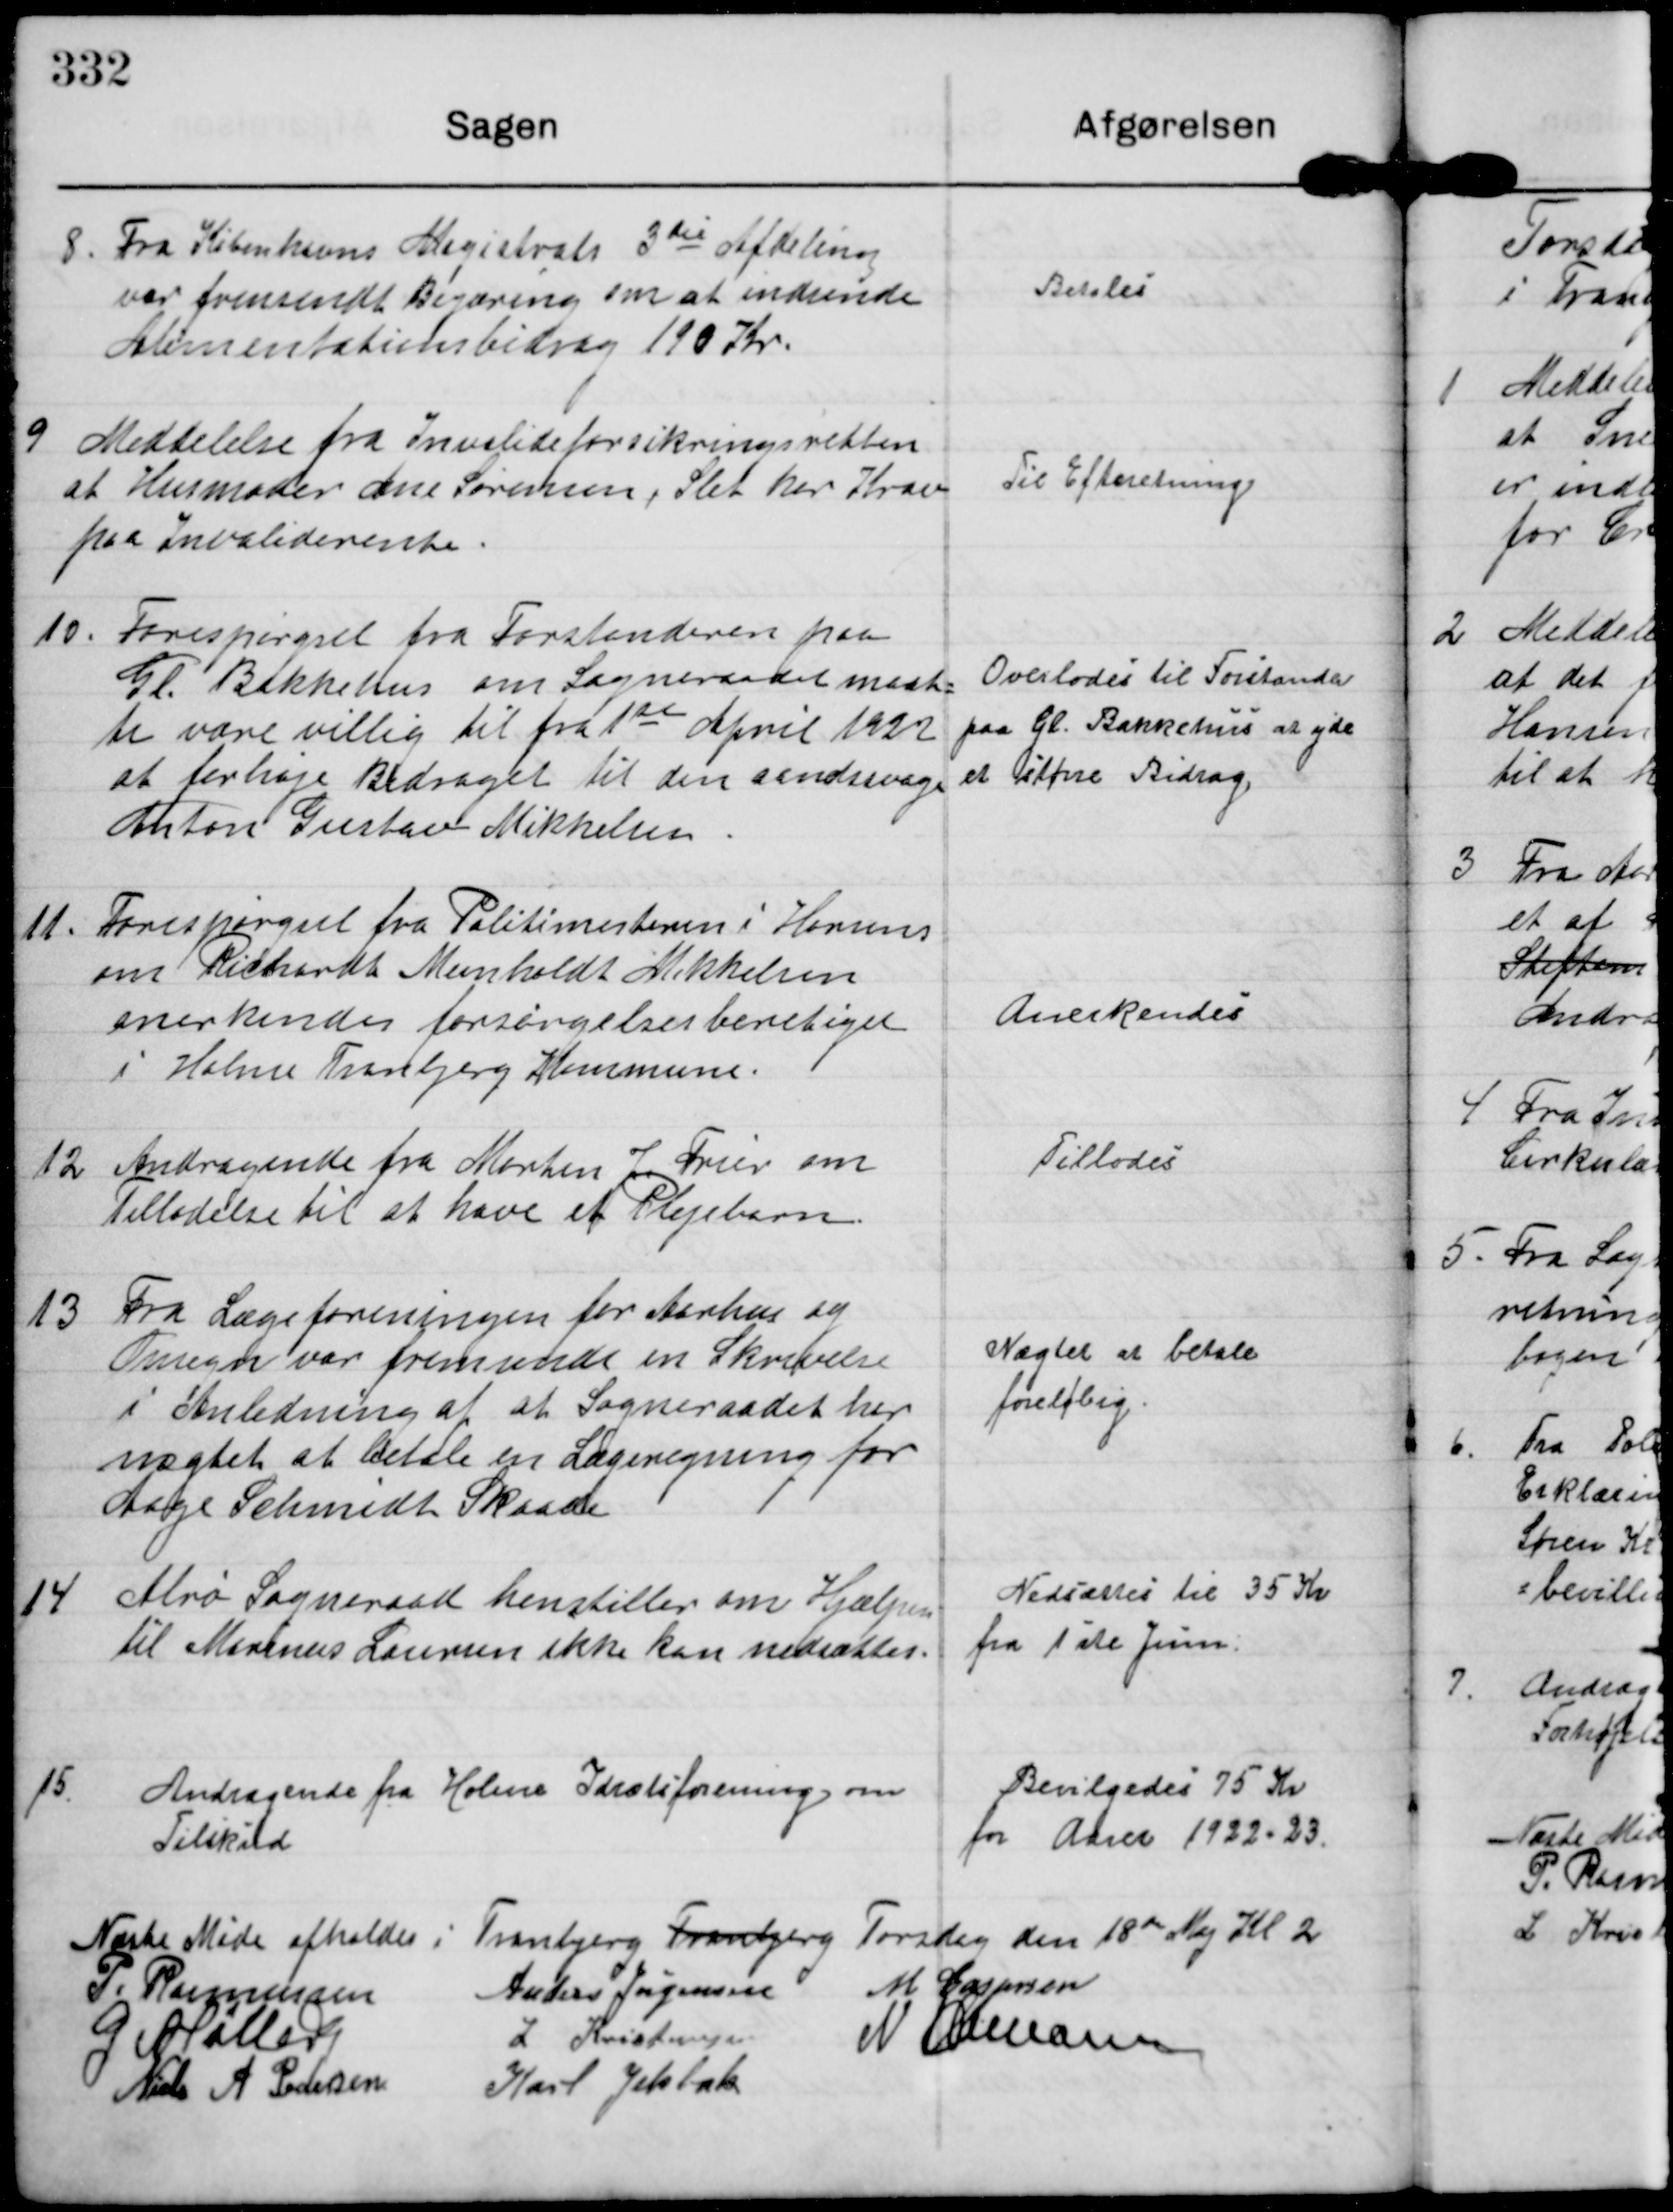
Transskription:
8. Fra Københavns Magistrats 3die Afdeling
var fremsendt Begæring om at indsende
Alimentationssbidrag 190 Kr.

Betales

9 Meddelelse fra Invalideforsikringsretten
at Husmoder Ane Sørensen, Slet har Krav
paa Invaliderente.

Til Efteretning.

10. Forespørgsel fra Forstanderen paa
Gl. Bakkehus om Sogneraadet maat-
te være villig til fra 1te April 1922
at forhøje Bidraget til den sindssvage
Anton Gustav Mikkelsen

Overlodes til Forstander
paa Gl. Bakkehus at yde
er større Bidrag

11. Forespørgsel fra Politimesteren i Horsens
om Richardt Munholdt Mikkelsen
anerkendes forsørgelsesberetiget
i Holme Tranbjerg Kommune

Anerkendes

12. Andragende fra Morten J Frier om
Tilladelse til at have et Plejebarn

Tillodes

13 Fra Lægeforeningen for Aarhus og
Omegn var fremsendt en Skrivelse
i Anledning af at Sogneraadet har
nægtet at betale en Lægeregning for
Aage Schmidt Skaade

Nægter er betale
foreløbig.

14. Alrø Sogneraad henstiller om Hjælpen
til Marinus Laursen ikke kan nedsættes.

Nedsættes til 35 Kr
fra 1ste Juni

15. Andragende fra Holme Idrætsforening om
Tilskud

Bevilgedes 75 Kr
for Aaret 1922-23.

Næste Møde afholdes i Tranbjerg Tranbjerg Torsdag den 18de Maj Kl 2

P. Rasmussen Anders Jørgensen M Caspersen
G Møller L Kristensen N Hamann
Niels A Pedersen Karl Jelsbak